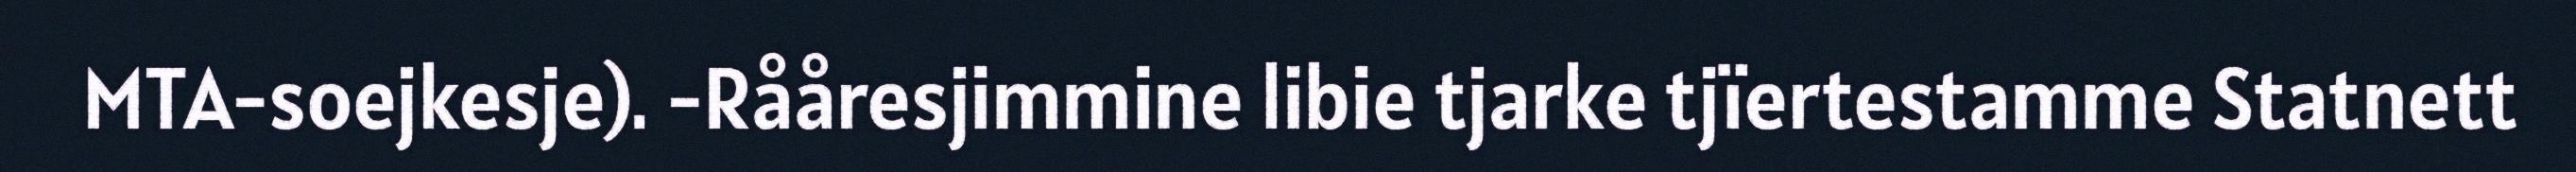
MTA-soejkesje). -Rååresjimmine libie tjarke tjïertestamme Statnett